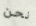
نحن